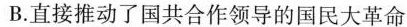
B.直接推动了国共合作领导的国民大革命